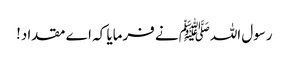
رسول اللہﷺ نے فرمایا کہ اے مقداد!